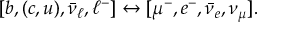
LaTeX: [ b , ( c , u ) , \bar { \nu } _ { \ell } , \ell ^ { - } ] \leftrightarrow [ \mu ^ { - } , e ^ { - } , \bar { \nu } _ { e } , \nu _ { \mu } ] .